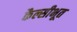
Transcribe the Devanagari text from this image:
कैल्सीभूत